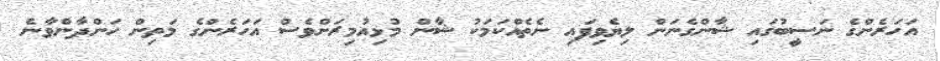
އަހަރެންގެ ނަސީބުގައި ޝާންގެނަން ލިޔެވިފައި ނެތެއްކަމަކު ޝާން މުޅިއުމިރަށްވެސް އަހަރެންގެ މަތިން ހަންދާންވާނެ